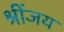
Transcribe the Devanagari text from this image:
श्रींजय